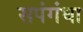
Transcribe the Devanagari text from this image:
सपंगंधा